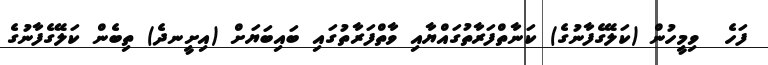
ފަހެ  ވިމީހުން (ކަލޭގެފާނުގެ) ކަނާތްފަރާތުގައްޔާއި ވާތްފަރާތުގައި ބައިބަޔަށް (އިށީނދެ) ތިބެން ކަލޭގެފާނުގެ